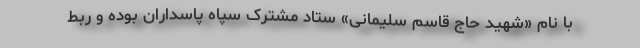
با نام «شهید حاج قاسم سلیمانی» ستاد مشترک سپاه پاسداران بوده و ربط